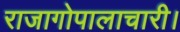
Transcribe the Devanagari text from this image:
राजागोपालाचारी।